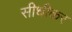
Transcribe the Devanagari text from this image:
सीधीकर